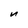
Character: n